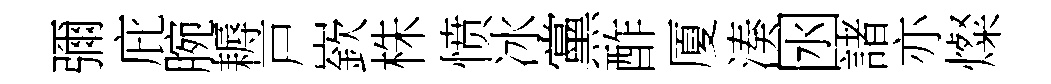
彌庇腕耨戸嶔株愤冰黨酢厦湊囦諸亦燦